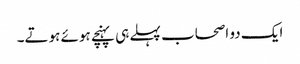
ایک دو اصحاب پہلے ہی پہنچے ہوئے ہوتے۔